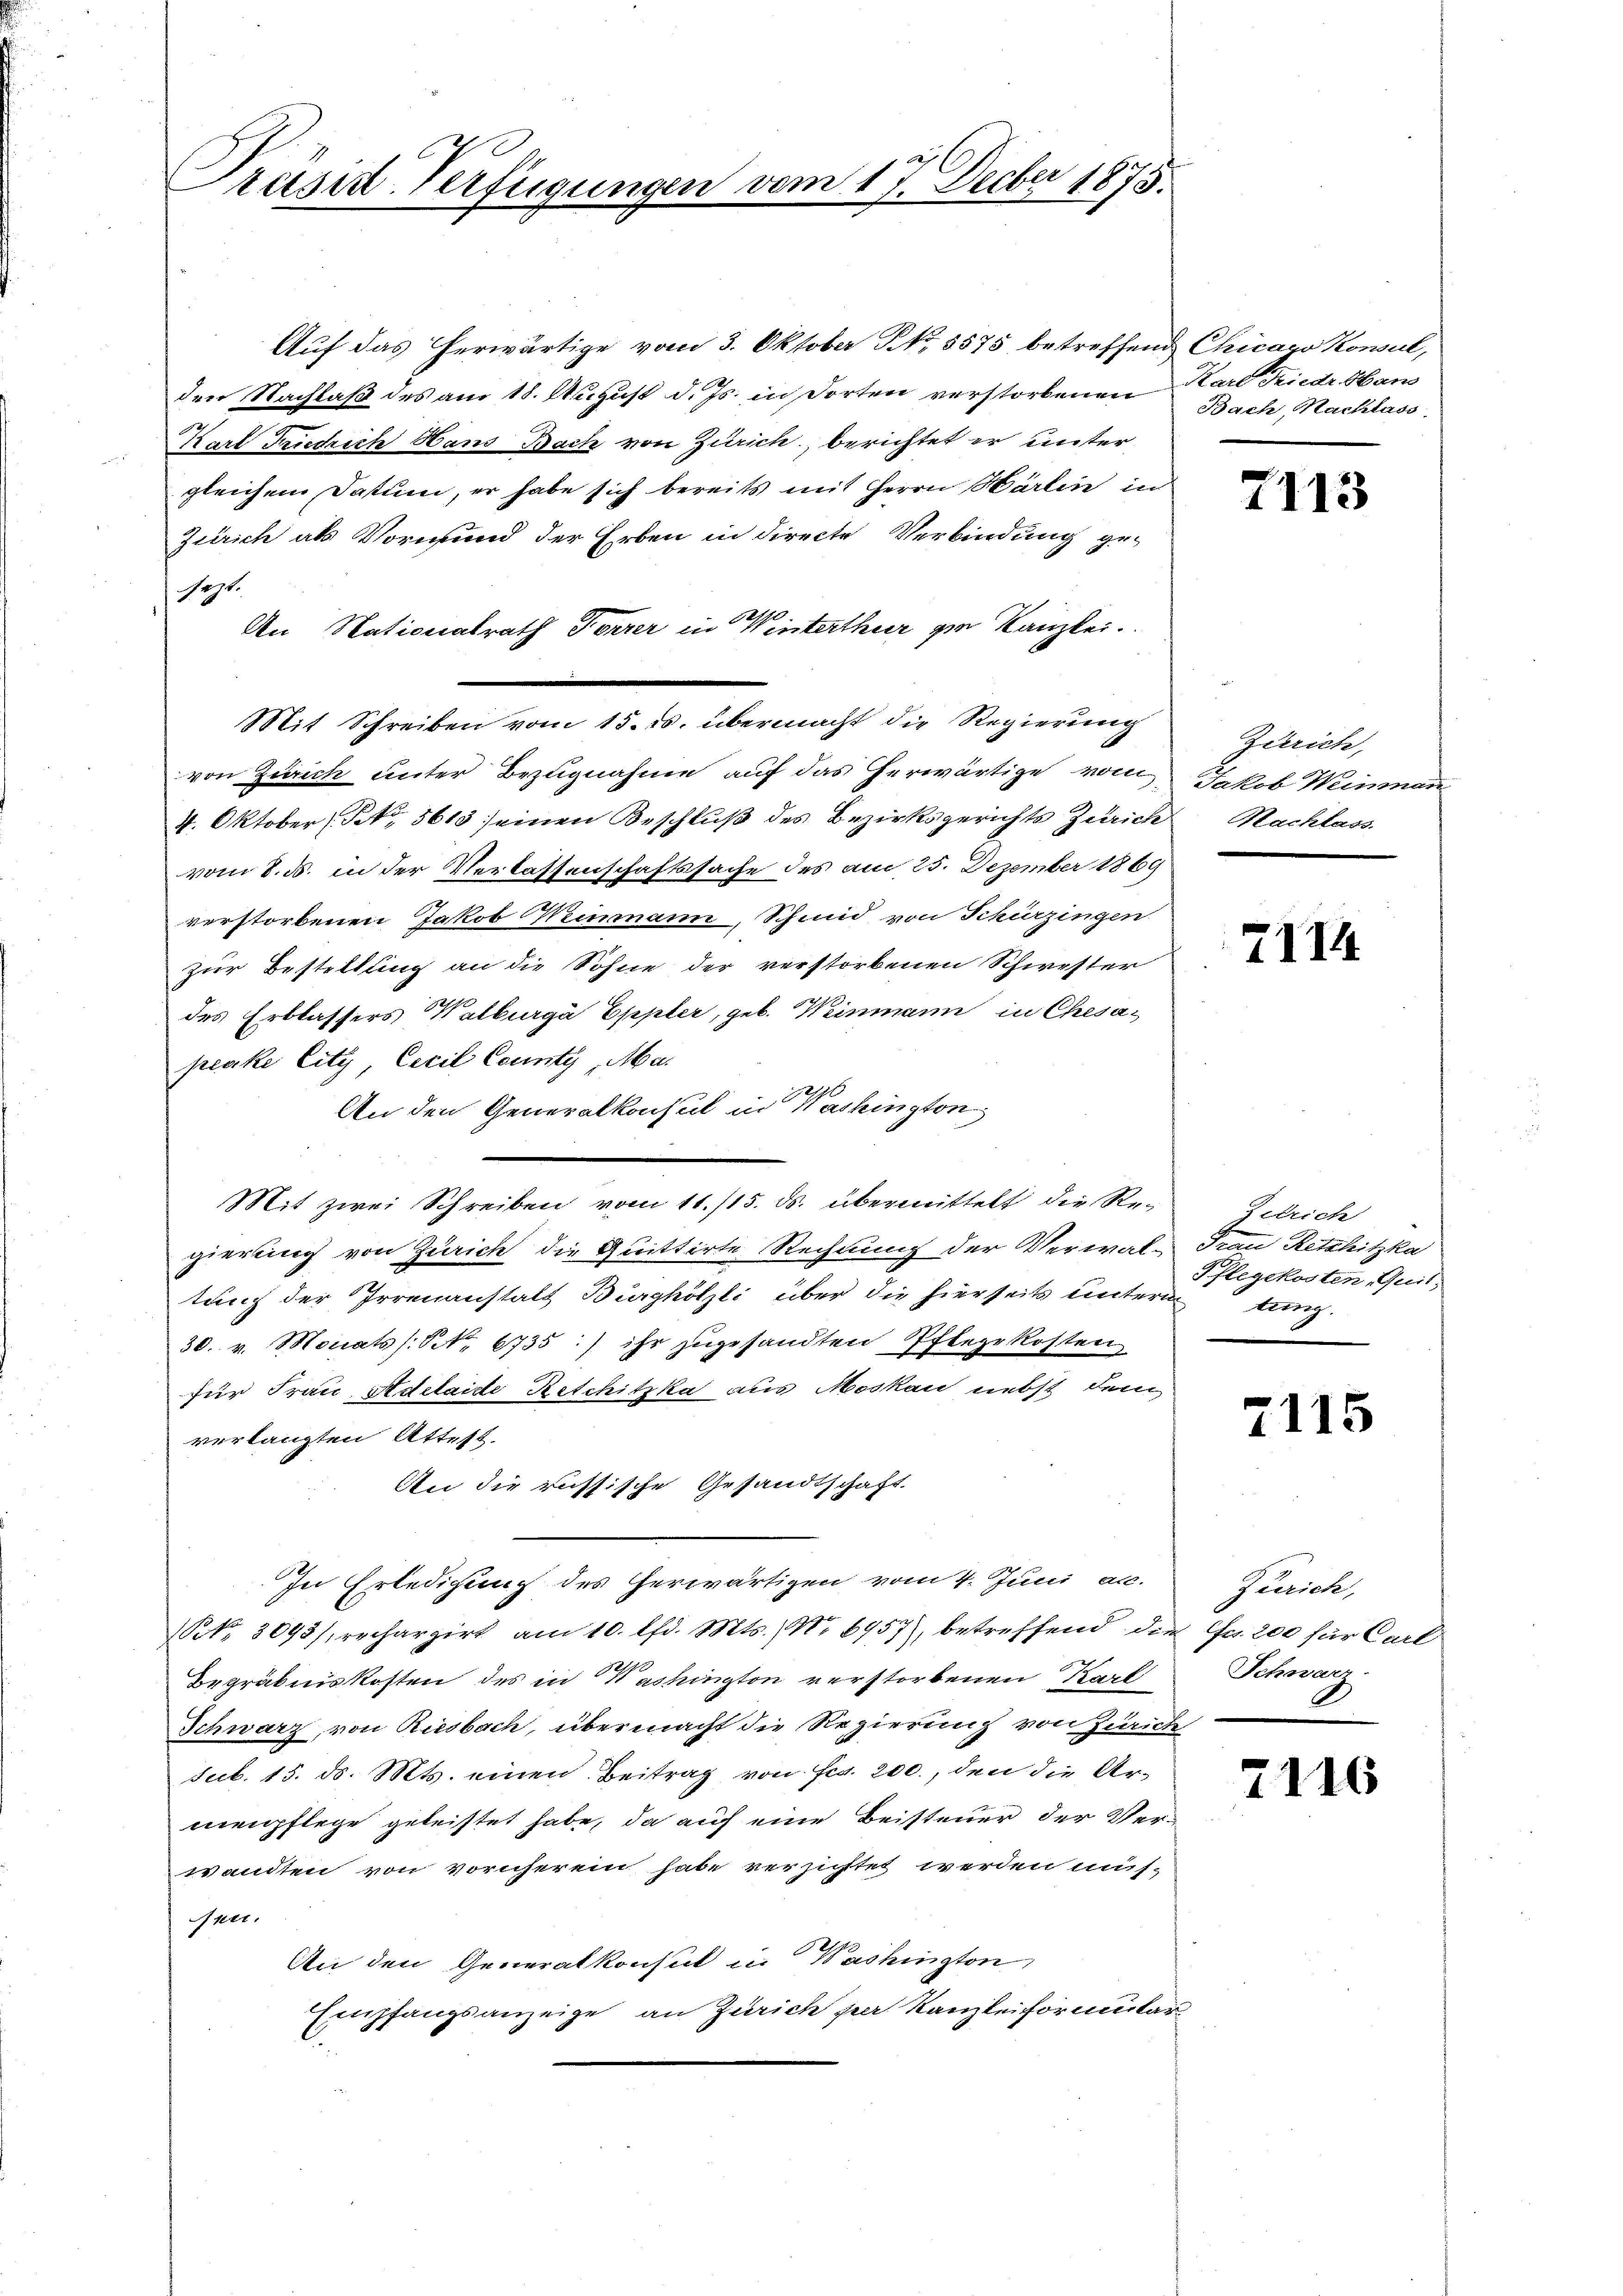
Präsid-Verfügungen

Auf das herwärtige vom 3. Oktober No. 5575 betreffend Chicaro Konsul,
den Nachlaß des am 18. August d. Js. in dorten verstorbenen Hard Friedr. Han
Karl Friedrich Hans Bach von Zürich, berichtet er unter
gleichem Datum, er habe sich bereits mit Herrn Härten in
Zürich als Vormund der Erben in directe Verbindung ge-
sagt.
An Nationalrath Forrer in Winterthur zur Kanzlei.
von Zürich unter Bezugnahme auf das herwärtige vom
4. Oktober, No 5613 seinen Beschluß des Bezirksgerichts Zürich Nachlass
vom 8. ds. in der Verlassenschaftssache des am 25. Dezember 1869
verstorbenen Jakob Weinmann, Schmid von Schürzingen
zur Bestellung an die Sohne der verstorbenen Schwester
des Erblassers Kalburgä Eppler, geb. Weinmann in Chesapeake City Cecil County, Ma
An den Generalkonsul in Washington
Mit zwei Schreiben vom 11. /15. ds. übermittelt die Regierung von Zürich die Quittirte Rechnung der Verwal-Frau Retshitzka
tung der Irrenanstalt Burghölzli über die hierseits untern tung.
30. v. Monats (S. 6735) ihr zugesandten Pflegekosten
für Frau Adelaide Reschitzka aus Moskau liebst dem
verlangten Attest.
An die russische Gesandtschaft
In Erledigung des herwärtigen vom 4. Juni acc. Zürich,
(Nr. 3093/, rechargirt am 10. lfd. Mts., Nr. 6957), betreffend die Fr. 200 für Carl
Begräbniskosten des in Washington verstorbenen Karl Schwarz
Schwarz, von Riesbach, übermacht die Regierung von Zürich
Sccl. 15. ds. Mts. einen Beitrag von Fr. 200., den die Armenpflege geleistet habe, da auf eine Beisteuer der Verwandten von vornherein habe versichtet werden müs-
uer.
An den Generalkonsul in Washington
Empfangsanzeige, an Zürich per Kanzleiformular

Mit Schreiben vom 15. ds. übermacht die Regierung

vom 17. Decber 1875.

Bach, Nachlass

7113

Zürich,
Jakob Weinman

7174.

Zelrich
Pflegekosten, Quit.

7115

7116